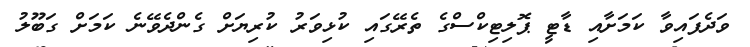
ވަދެފައިވާ ކަމަށާއި ޑާޓީ ޕޮލިޓިކްސްގެ ތެރޭގައި ކުޅިވަރު ކުރިޔަށް ގެންދެވޭނެ ކަމަށް ގަބޫލު